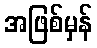
အဖြစ်မှန်